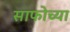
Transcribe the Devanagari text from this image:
साफोच्या